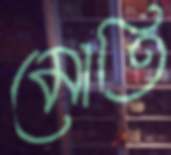
মোতি